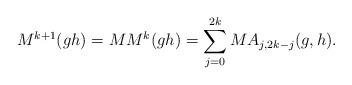
LaTeX: \begin{align*}M^{k+1}(gh)&=MM^{k}(gh)=\sum^{2k}_{j=0}M A_{j, 2k-j}(g,h).\end{align*}